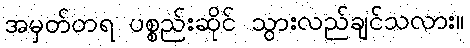
အမှတ်တရ ပစ္စည်းဆိုင် သွားလည်ချင်သလား။